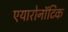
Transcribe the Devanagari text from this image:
एयारोनॉटिक